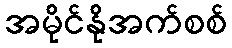
အမိုင်နိုအက်စစ်